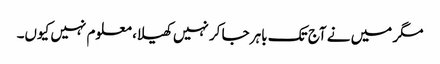
مگر میں نے آج تک باہر جا کر نہیں کھیلا، معلوم نہیں کیوں۔